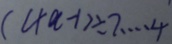
( 4 a - 1 ) \div 7 \cdots 4